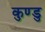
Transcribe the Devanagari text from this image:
कुण्डु